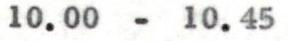
10.00 - 10.45